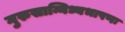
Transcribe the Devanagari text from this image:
गुरुसान्निध्यभाषणः